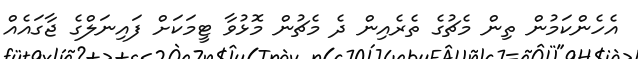
އެހެންކަމުން ތިން މެޗުގެ ތެރެއިން ދެ މެޗުން މޮޅުވާ ޓީމަކަށް ފައިނަލްގެ ޖާގައެއް